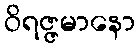
ဝိရဇ္ဇမာနော